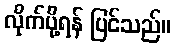
လိုက်ပို့ရန် ပြင်သည်။